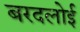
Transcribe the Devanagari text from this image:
बरदलोई